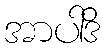
အာပါဒိ